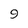
Character: 9